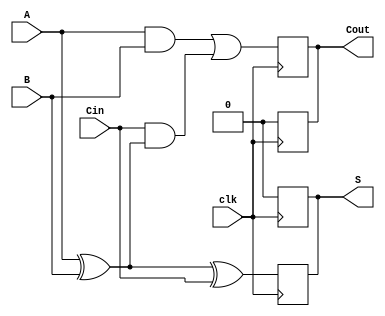
module dynamic_full_adder (
    input wire A,      // First binary input
    input wire B,      // Second binary input
    input wire Cin,    // Carry-in input
    input wire clk,    // Clock signal
    output reg S,      // Sum output
    output reg Cout    // Carry-out output
);

// Internal wires for intermediate calculations
wire AB;              // A AND B
wire A_xor_B;        // A XOR B
wire Cin_xor;        // Cin XOR (A XOR B)

// Precharge and Evaluation logic
always @(posedge clk) begin
    // Precharge phase (High-Z logic)
    S <= 1'b0;   // Reset S during precharge
    Cout <= 1'b0; // Reset Cout during precharge
end

always @(negedge clk) begin
    // Evaluation phase
    // Calculate A XOR B
    A_xor_B = A ^ B;
    
    // Calculate Sum S = A XOR B XOR Cin
    S = A_xor_B ^ Cin;
    
    // Calculate Carry-out Cout = (A AND B) OR (Cin AND (A XOR B))
    AB = A & B;
    Cout = AB | (Cin & A_xor_B);
end

endmodule